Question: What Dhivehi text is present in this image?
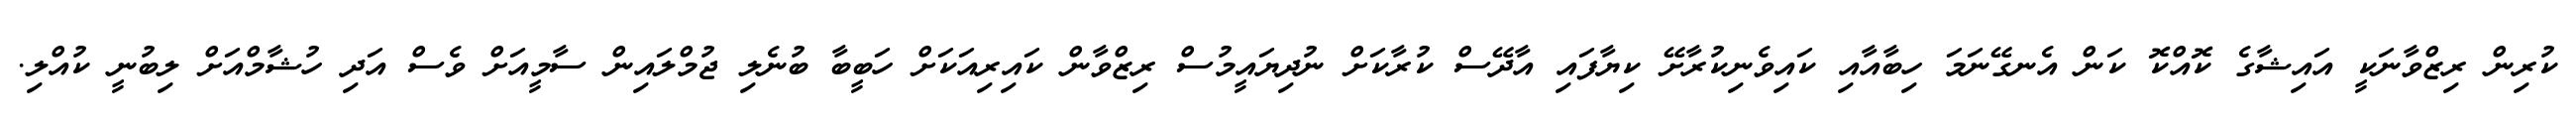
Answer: ކުރިން ރިޒްވާނަކީ އައިޝާގެ ކޮއްކޮ ކަން އެނގޭނަމަ ހިބާއާއި ކައިވެނިކުރާށޭ ކިޔާފައި އާދޭސް ކުރާކަށް ނުދިޔައީމުސް ރިޒްވާން ކައިރިއަކަށް ހަބީބާ ބުނެލި ޖުމްލައިން ސާމީއަށް ވެސް އަދި ހުޝާމްއަށް ލިބުނީ ކުއްލި.